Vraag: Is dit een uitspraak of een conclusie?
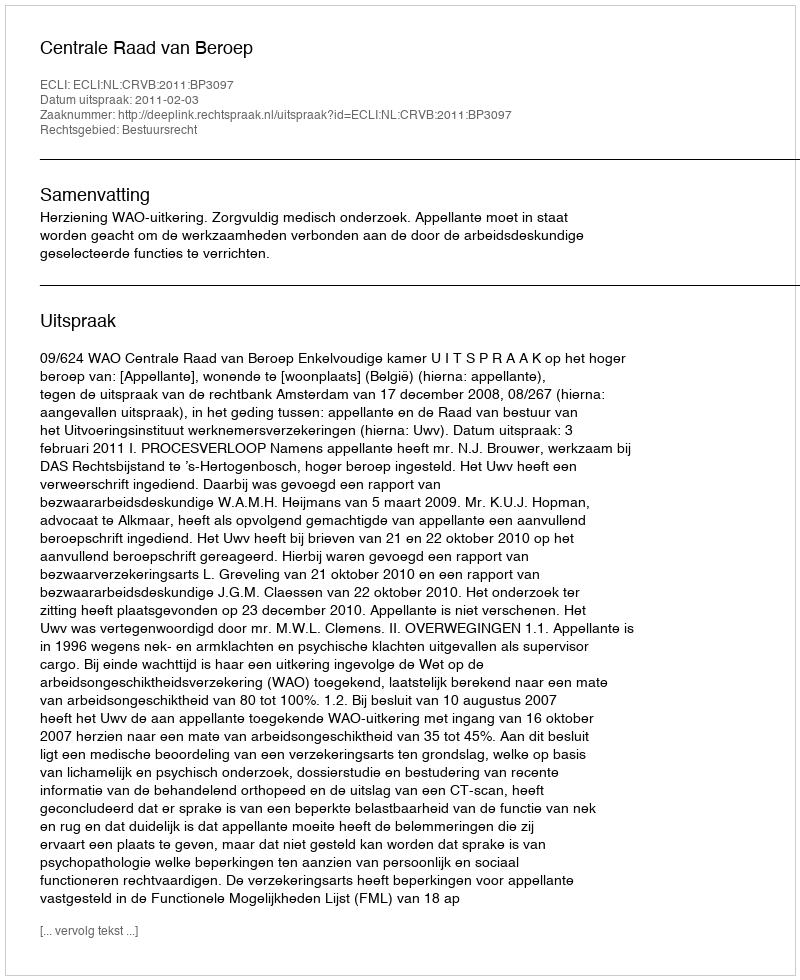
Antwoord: Uitspraak